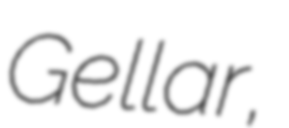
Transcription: Gellar,